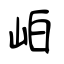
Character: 岶